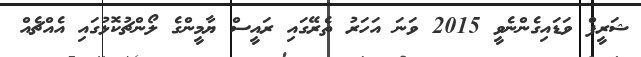
ޝަރީފް ވަޑައިގެންނެވީ 2015 ވަނަ އަހަރު ތެރޭގައި ރައީސް ޔާމީންގެ ލޯންޗުކޮޅުގައި އެއްޗެއް